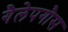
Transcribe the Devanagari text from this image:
गैलेपगौस